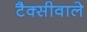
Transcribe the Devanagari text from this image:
टैक्सीवाले